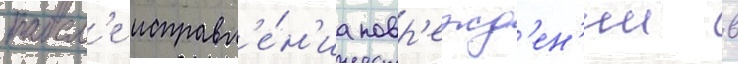
посл'е исправл'е́н'иа повр'ежд'ен'ии в